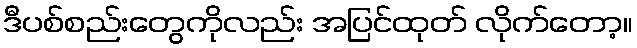
ဒီပစ်စည်းတွေကိုလည်း အပြင်ထုတ် လိုက်တော့။